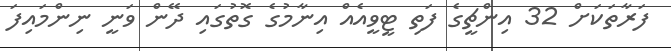
ފަރާތަކަށް 32 އިންޗީގެ ފަތި ޓީވީއެއް އިނާމުގެ ގޮތުގައި ދޭން ވަނީ ނިންމައިފަ